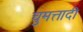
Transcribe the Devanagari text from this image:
चुमत्तादी